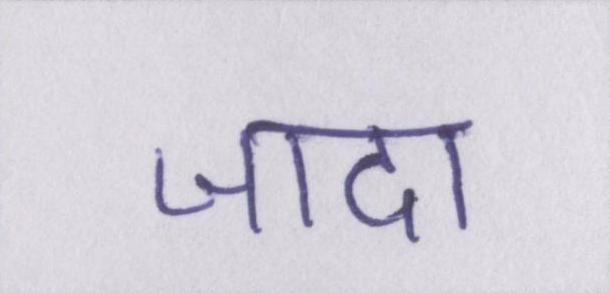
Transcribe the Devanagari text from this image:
जादा